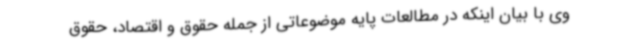
وی با بیان اینکه در مطالعات پایه موضوعاتی از جمله حقوق و اقتصاد، حقوق